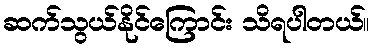
ဆက်သွယ်နိုင်ကြောင်း သိရပါတယ်။